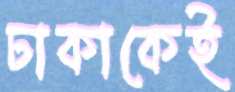
ঢাকাকেই